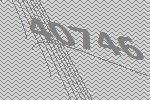
40746